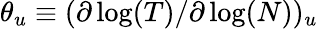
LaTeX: \theta_{u}\equiv(\partial\log(T)/\partial\log(N))_{u}